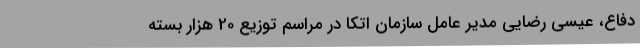
دفاع، عیسی رضایی مدیر عامل سازمان اتکا در مراسم توزیع 20 هزار بسته